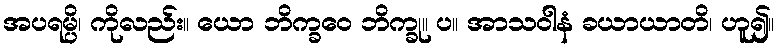
အပရမ္ပိ၊ ကိုလည်း။ ယော ဘိက္ခဝေ ဘိက္ခု။ ပ။ အာသဝါနံ ခယာယာတိ၊ ဟူ၍။